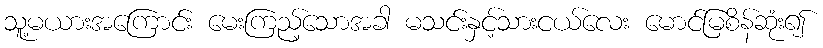
သူ့မယားအကြောင်း မေးကြည့်သောအခါ မသင်းနှင့်သားငယ်လေး မောင်မြစိန်ဆုံး၍